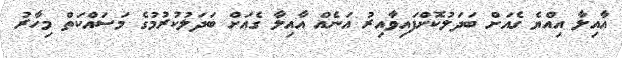
އާއިލާ އިއްޔެ ގެއަށް ބަދަލުކޮށްފައިވާއިރު އަނެއް އާއިލާ ގެއަށް ބަދަލުކުރުމުގެ މަސައްކަތް މިހާރު